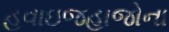
હવાઇજહાજોના